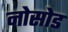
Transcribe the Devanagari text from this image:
नोसोड